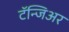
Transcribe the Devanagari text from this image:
टॅन्जिअर